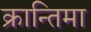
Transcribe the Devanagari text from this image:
क्रान्तिमा